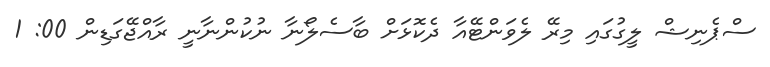
ސްޕެނިޝް ލީގުގައި މިރޭ ލެވަންޓޭއާ ދެކޮޅަށް ބާސެލޯނާ ނުކުންނާނީ ރާއްޖޭގަޑިން 00: 1